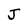
Character: J